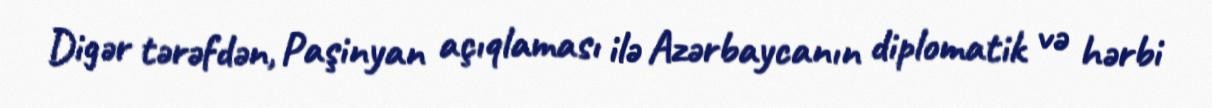
Digər tərəfdən, Paşinyan açıqlaması ilə Azərbaycanın diplomatik və hərbi